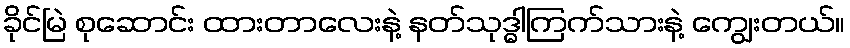
ခိုင်မြဲ စုဆောင်း ထားတာလေးနဲ့ နတ်သုဒ္ဓါကြက်သားနဲ့ ကျွေးတယ်။